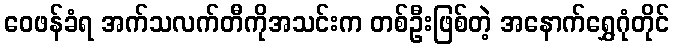
ဝေဖန်ခံရ အက်သလက်တီကိုအသင်းက တစ်ဦးဖြစ်တဲ့ အနောက်ရွှေဂုံတိုင်